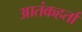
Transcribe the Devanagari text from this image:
आतंकहर्ता